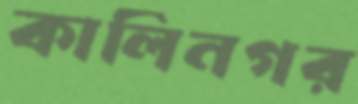
কালিনগর